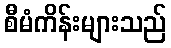
စီမံကိန်းများသည်